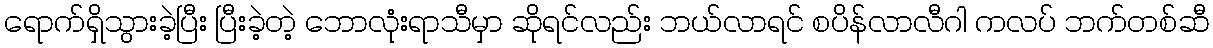
ရောက်ရှိသွားခဲ့ပြီး ပြီးခဲ့တဲ့ ဘောလုံးရာသီမှာ ဆိုရင်လည်း ဘယ်လာရင် စပိန်လာလီဂါ ကလပ် ဘက်တစ်ဆီ